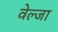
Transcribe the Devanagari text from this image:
वेल्जा